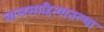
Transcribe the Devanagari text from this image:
बालसाहित्यातल्या